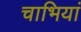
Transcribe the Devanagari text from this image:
चाभियां